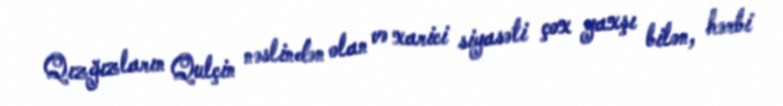
Qızğızların Qulçin nəslindən olan və xarici siyasəti çox yaxşı bilən, hərbi